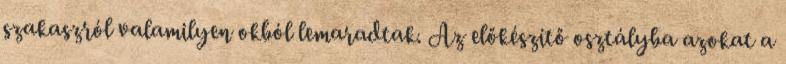
szakaszról valamilyen okból lemaradtak. Az előkészítő osztályba azokat a